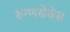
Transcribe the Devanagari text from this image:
रुग्णसेवेस